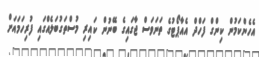
އެހެންކަމުން ކިންގް ފަހްދް އެއާޕޯޓުގެ ތަނަވަސް ޖާގައިގެ ބޭނުން ކައިރި މުސްތަގުބަލެއްގައި ފުރިހަމައަށް